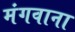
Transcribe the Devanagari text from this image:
मंगवाना